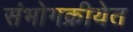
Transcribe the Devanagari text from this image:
संभोगक्रीयेत